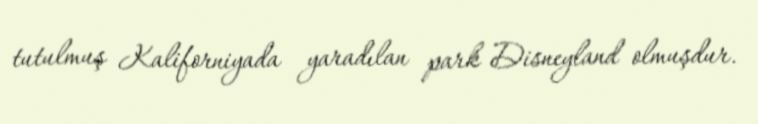
tutulmuş Kaliforniyada yaradılan park Disneyland olmuşdur.